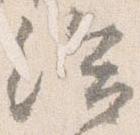
給